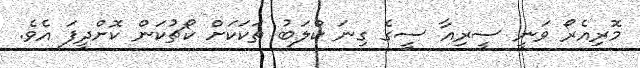
މޮރިއެރޯ ވަނީ ސީރިއާ ސީގެ ގިނަ ކްލަބު ތަކަކަށް ކޯޗުކަން ކޮށްދީފަ އެވެ.